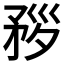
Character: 𥍧